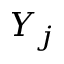
Y _ { j }